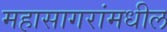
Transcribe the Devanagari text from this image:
महासागरांमधील